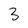
Character: 3